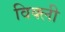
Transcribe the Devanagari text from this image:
विक्ली